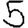
Digit: 5